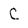
Character: C